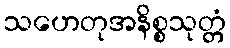
သဟေတုအနိစ္စသုတ္တံ